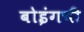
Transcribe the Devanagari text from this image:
बोइंगची